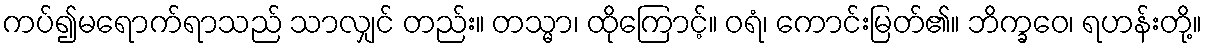
ကပ်၍မရောက်ရာသည် သာလျှင် တည်း။ တသ္မာ၊ ထိုကြောင့်။ ဝရံ၊ ကောင်းမြတ်၏။ ဘိက္ခဝေ၊ ရဟန်းတို့။